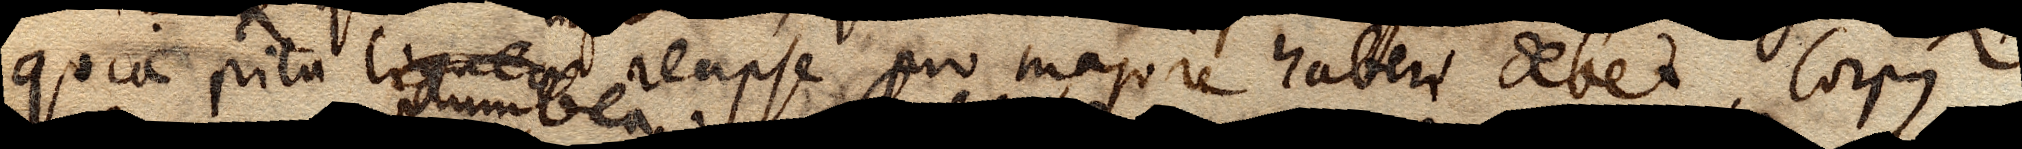
quia pila lignea reapse pro majore haberi debet. Corpus